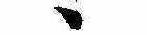
ゝ